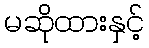
မဆိုထားနှင့်